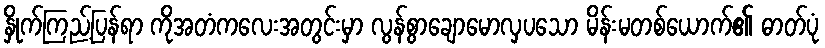
နှိုက်ကြည့်ပြန်ရာ ကိုအတံကလေးအတွင်းမှာ လွန်စွာချောမောလှပသော မိန်းမတစ်ယောက်၏ ဓာတ်ပုံ